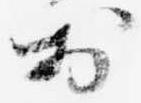
於